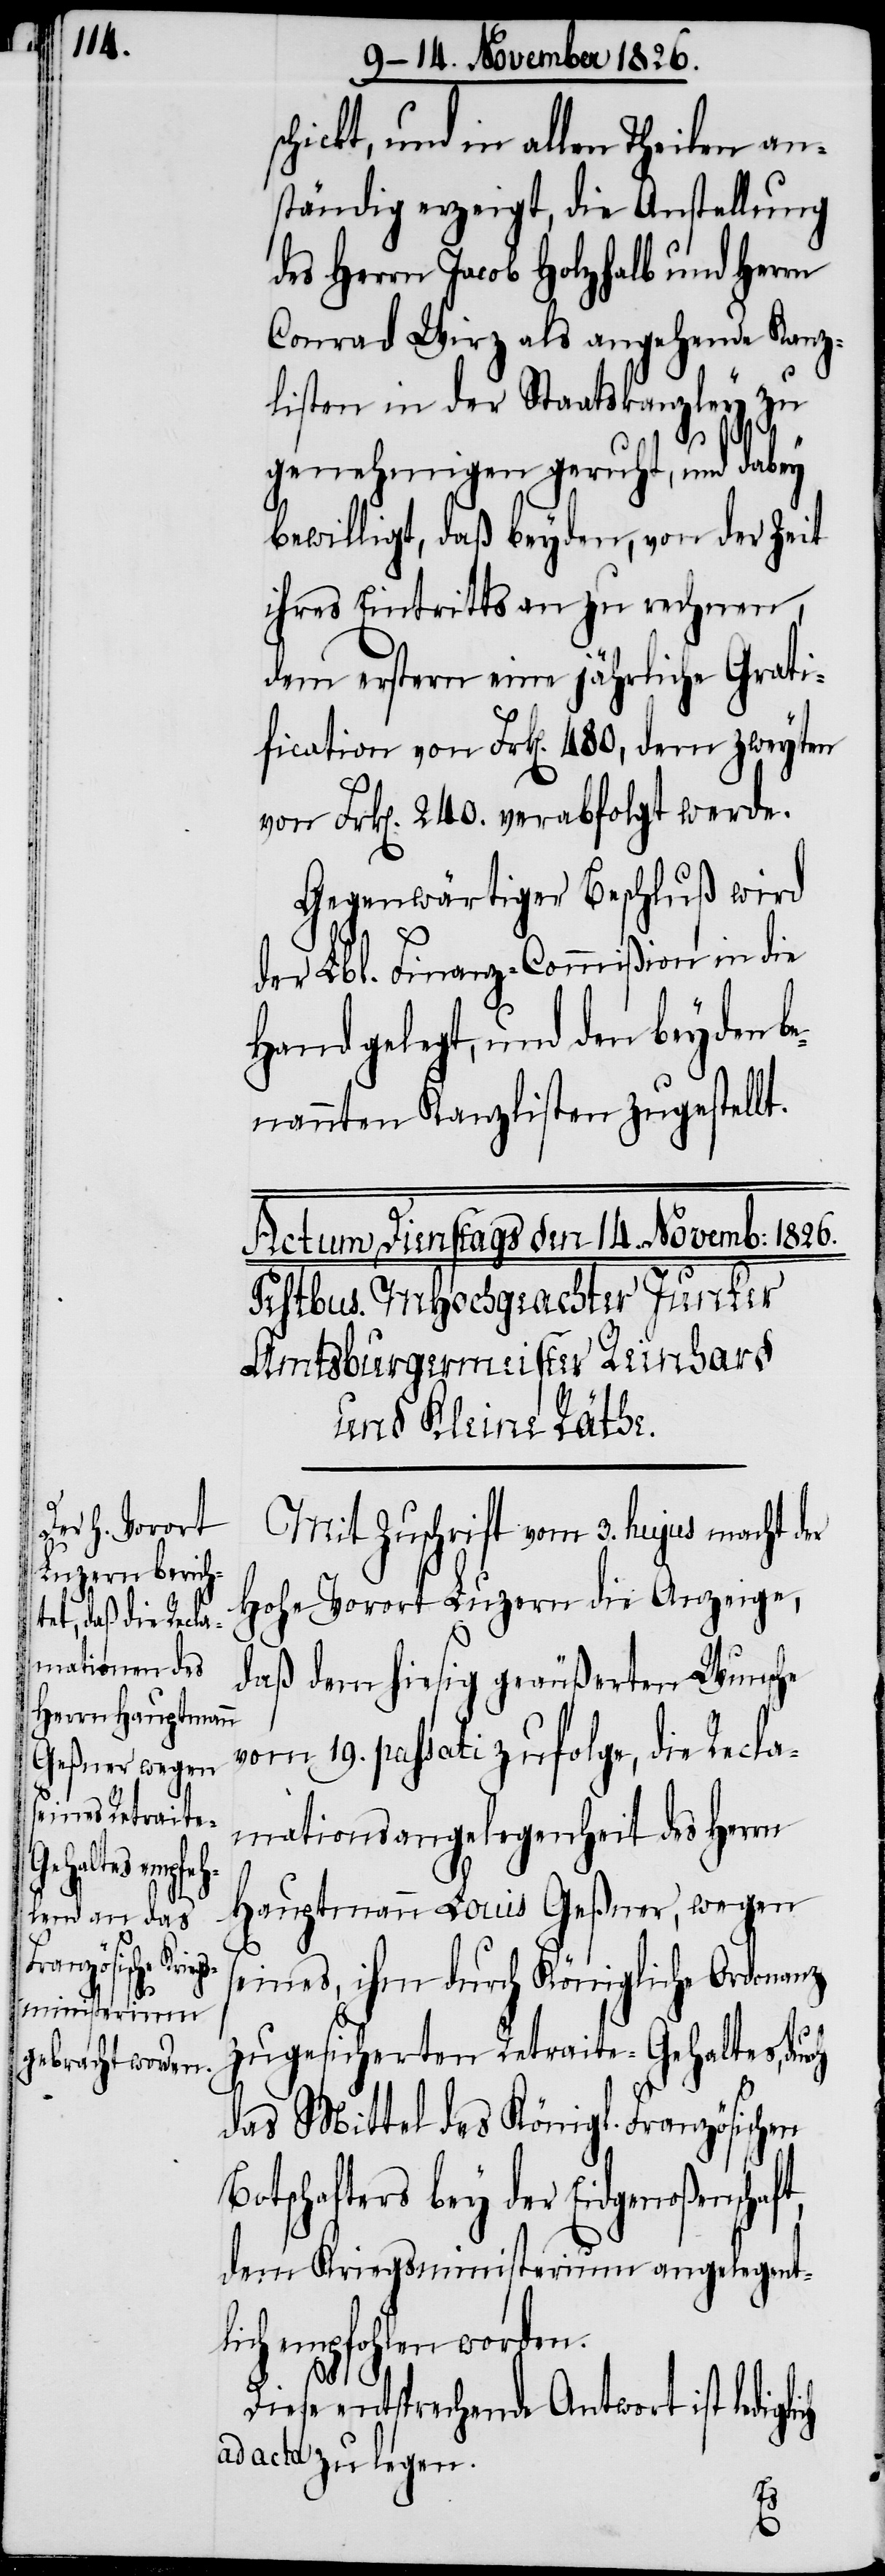
aft,

lediglich

schickt, und in allen Theilen an¬
ständig erzeigt, die Anstellung
des Herrn Jacob Holzhalb und Herrn
Conrad Wirz als angehende Kanz¬
listen in der Staatskanzley zu
genehmigen geruht, und dabey
bewilligt, daß beyden, von der Zeit
ihres Eintritts an zu rechnen,
dem erstern eine jährliche Grati¬
fication von Frk[en]. 480., dem zweyten
von Frk[en]. 240. verabfolgt werde.
Gegenwärtiger Beschluß wird
der Lbl. Finanz-Commißion in die
Hand gelegt, und den beyden be¬
nannten Kanzlisten zugestellt.
Mit Zuschrift vom 3. hujus macht der
hohe Vorort Luzern die Anzeige,
daß dem hiesigen geäußerten Wunsche
vom 19. passati zufolge, die Recla¬
mationsangelegenheit des Herrn
Hauptmann Louis Geßner, wegen
seines, ihm durch Königliche Ordonanz
zugesicherten Retraite-Gehaltes,
das Mittel des Königl. Französischen
othschafters bey der Eidgenoßensch¬
dem Kriegsministerium angelegent¬
empfohlen worden.
Diese entsprechende Antwort ist
ad acta zu legen.